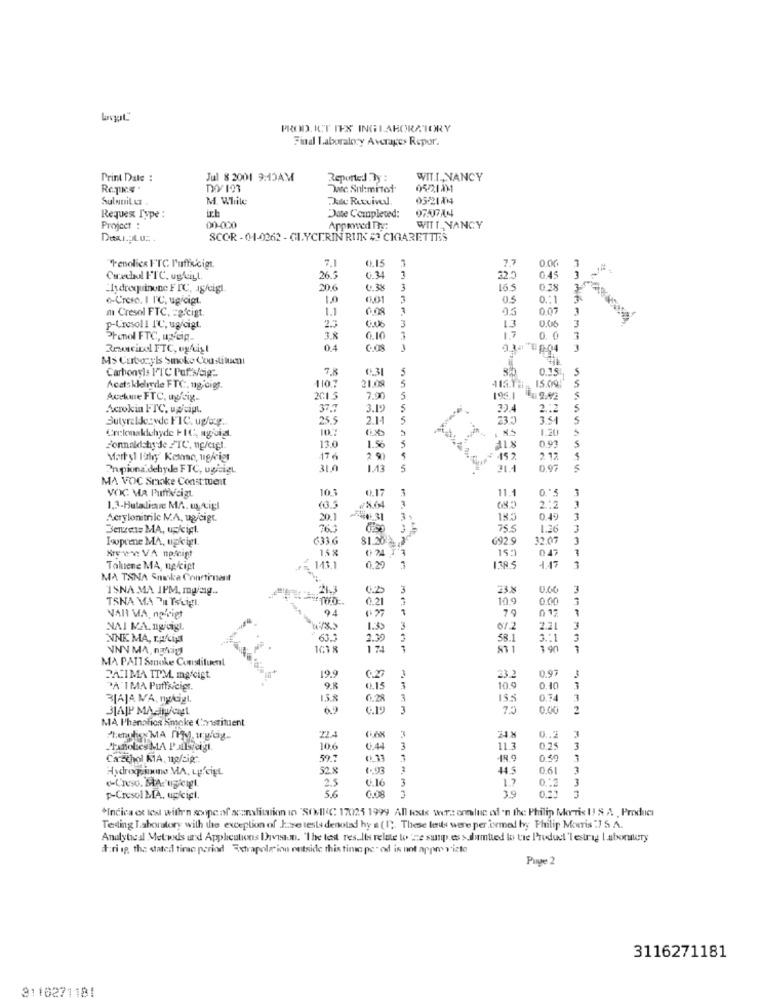
PROD. ICT IES INGLABORATORY
Find Laboratory Averages Repor.
Print Date :
Jul 8 2001 9:15AM
Reported Dy :
WIT.L ., NANCY
Dsc. Sul:mitof
0521131
Sulnuit Lt
M. While
Au Rutvivel
0521/04
ich
Requex Type :
Date Completed:
Project :
00-000
WITT_ NANCY
SCOR -04-0262 - GLYCERIN RUNK # CIGARETTES
7.1
0.15
7.7
0.00
"Fenolies FTC l'ufficigt.
Curedhdl FIC, ugligt.
26.5
6. 34
32.5
0.45
hydroquinone FIC, ag/cigt.
206
0. 3%
3
16.5
0.28
o-Crese. I I'℃, ug/cigt.
1.0
6.01
0.5
0 .: 1
m Cresol FTC. = gfcigt.
1.1
0.07
3
3
1.3
0.06
3
p-Uresoll IC, ug/cigt.
0.06
17
Phenol FTC, UNDp-
3.8
0.10
0. 0
Resucicol FTC, ughist
04
034 #004
3
Ms Carbonyls Smoke Constituent
Carbonyls FTC Puf:w/cig-
7.8
65.31
5
S
1107
21.09
5
15.09
5
Acetsklelide FTC. ug.cigs.
Acekme FTC, ug/sig.
201.5
2.00
5
2.42
Acrokin FTC, upicip.
37.7
3.19
5
2 .: 2
5
ButyralJezyde FIC. up/ag.
25.5
2.11
5
235
351
10.7
1.20
Creionakichyde F 1 C, aguia
0.93
13.0
1.56
Martyl lothy' Kemso, nefrigt
176
2 90
152
2. 12
Pnpiona dehyde FTC, ugicigt
31.0
143
5
0.97
MA VOC Smoke Constituent
10:
0.17
11.1
0."5
VOC MA Puffvaigt
1.3-Butalive MA. uysigl
(3.5
#864
2 :2
Acrylonitrile MA, ugjeigt.
20.1
40 31
3
185
0.49
3
763
75.5
1.26
Loprene MA, upkigt.
6336
81.202-3º
692.9
12.0
15 %
Kre ev: VA nofeigt
15:
Toluene MA, ng/cipt
143.1
0.29
3
1.17
MA TANA Sminka Courtinant
ISNA MA IPM. mging ..
3
238
0.66
3
TSNA MA Tu TsLigt.
0.21
10.9
0.00
94
VAI VA, nowrigt
017
NAI MA. nguigt
1.39
3
07.2
2.21
NNK MA, racial
63.3
2.35
58.1
3 .: 1
101 8
7
MA PAIT Smoke Constituent
19.9
0.97
PACIMA ITM, mafcigt.
0.27
23.2
DA IMA Puffsiciet.
9.8
0.15
3
10.9
0,40
BIAJA MA, nykigt.
1.5.8
6.28
3
0.74
BABY MAaWengL
6.9
6.19
3
0.00
2
MA l'hanahios Smoke Chytsituent
22.4
0 .. 2
10.6
0.44
3
11.3
0.25
3
Casthol KIA, up/sig:
59.7
0.11
1
18.9
0.50
3
Hydrogenno MA, LE'cigL
52.8
0.61
2.5
6.16
3
1.7
0.12
1
P-Cresol MA. upligt.
5.6
*Indica et les withen scope of scanslitation in "SONIC 17025 1999 All tests were ennluc of 'n the Philip Morris 1! S A Product
Tending Laboratory with the exception of Jaze tests denoted hy a (1). These les were performed byy Philip Morris :7 S.A.
Analytical Metwds und Applications Ihaveaun. "The test results relate to 'ze supp.es > dumtied to tre Product lestrag Laboralery
#:ri ip, tha stated timo period Extrapole'inn outside this time pe" od is not appmy vizte
Page 2
3116271181
3110271181